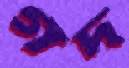
গঁদ